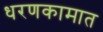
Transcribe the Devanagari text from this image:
धरणकामात